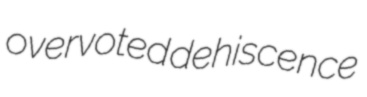
overvoted dehiscence